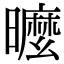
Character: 𣋟